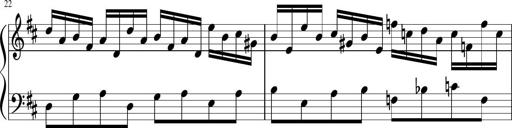
Title: Sonatina di Santa Gemma, JKB 12
Composer: Jason Baruk
Key: F major